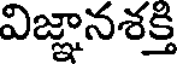
విజ్ఞానశక్తి